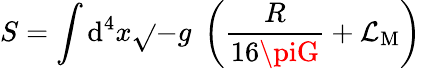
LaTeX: S=\int\mathrm{d}^{4}x{\sqrt{}{{-g}}}\; \left({\frac{{R}}{{16\piG}}}+{\mathcal{{L}}}_{\mathrm{{M}}}\right)